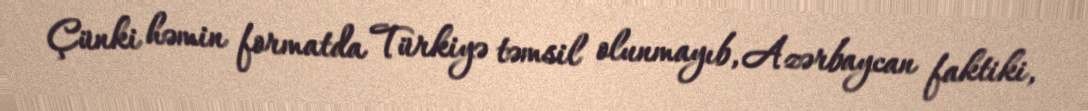
Çünki həmin formatda Türkiyə təmsil olunmayıb, Azərbaycan faktiki,